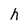
Character: h